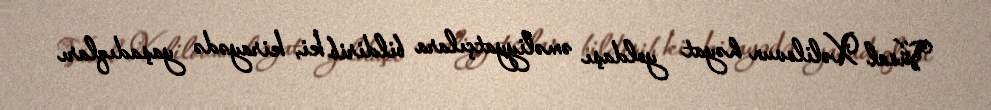
Vüsal Xəlilovun həyat yoldaşı əməliyyatçılara bildirib ki, kirayədə yaşadıqları